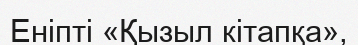
Еніпті «Қызыл кітапқа»,